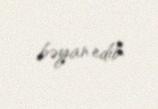
bəyan edib.